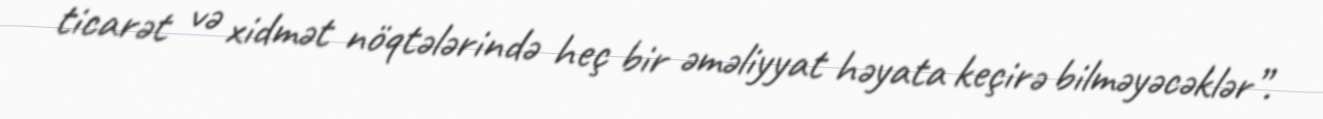
ticarət və xidmət nöqtələrində heç bir əməliyyat həyata keçirə bilməyəcəklər”.